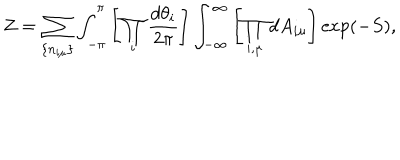
LaTeX: Z = \sum _ { \{ n _ { i \mu } \} } \int _ { - \pi } ^ { \pi } \left[ \prod _ { i } \frac { d \theta _ { i } } { 2 \pi } \right] \int _ { - \infty } ^ { \infty } \left[ \prod _ { i , \mu } d A _ { i \mu } \right] \exp ( - S ) ,